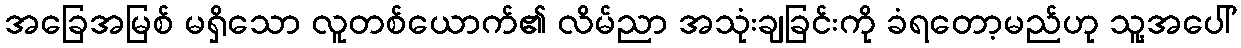
အခြေအမြစ် မရှိသော လူတစ်ယောက်၏ လိမ်ညာ အသုံးချခြင်းကို ခံရတော့မည်ဟု သူ့အပေါ်